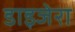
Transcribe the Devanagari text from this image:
डाइजेरा